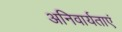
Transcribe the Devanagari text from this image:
अनिवार्यताएं